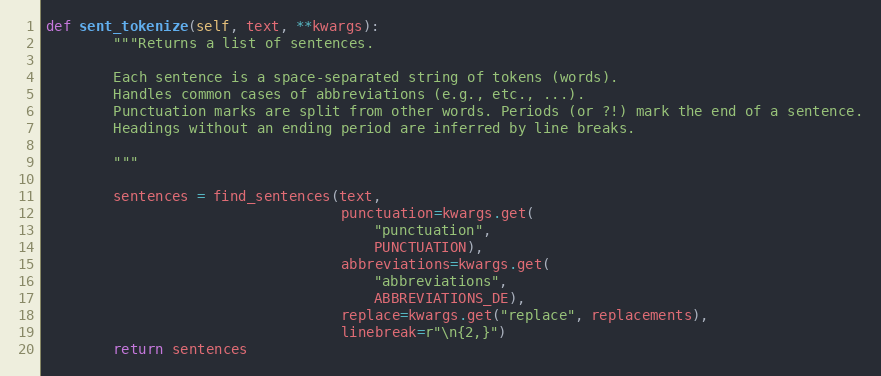
Language: Python
def sent_tokenize(self, text, **kwargs):
        """Returns a list of sentences.

        Each sentence is a space-separated string of tokens (words).
        Handles common cases of abbreviations (e.g., etc., ...).
        Punctuation marks are split from other words. Periods (or ?!) mark the end of a sentence.
        Headings without an ending period are inferred by line breaks.

        """

        sentences = find_sentences(text,
                                   punctuation=kwargs.get(
                                       "punctuation",
                                       PUNCTUATION),
                                   abbreviations=kwargs.get(
                                       "abbreviations",
                                       ABBREVIATIONS_DE),
                                   replace=kwargs.get("replace", replacements),
                                   linebreak=r"\n{2,}")
        return sentences